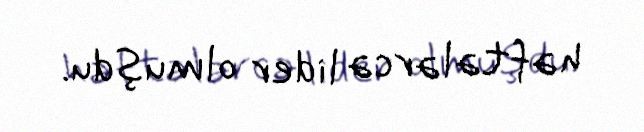
həftələrcə lider olmuşdu.